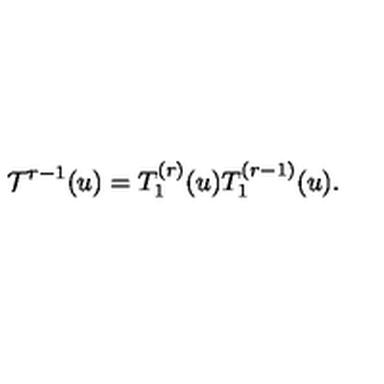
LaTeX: { \cal T } ^ { r - 1 } ( u ) = T _ { 1 } ^ { ( r ) } ( u ) T _ { 1 } ^ { ( r - 1 ) } ( u ) .